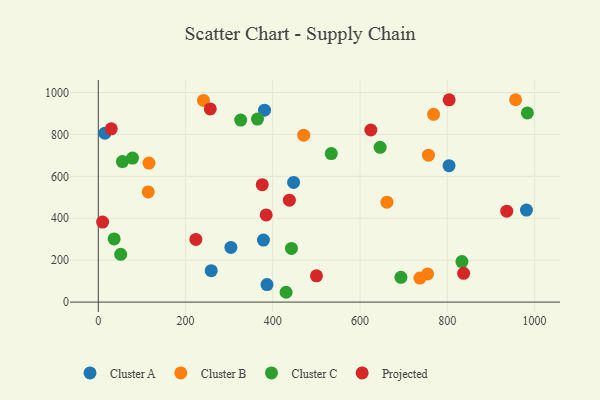
{"axis": {"x": "Price", "y": "Demand"}, "legend": ["Cluster A", "Cluster B", "Cluster C", "Projected"], "data": [{"x": "378.5", "y": 295.9, "type": "Cluster A"}, {"x": "447.7", "y": 571.1, "type": "Cluster A"}, {"x": "15.1", "y": 806.0, "type": "Cluster A"}, {"x": "981.4", "y": 438.9, "type": "Cluster A"}, {"x": "803.9", "y": 651.1, "type": "Cluster A"}, {"x": "386.7", "y": 83.6, "type": "Cluster A"}, {"x": "381.0", "y": 915.9, "type": "Cluster A"}, {"x": "258.8", "y": 149.9, "type": "Cluster A"}, {"x": "303.9", "y": 260.6, "type": "Cluster A"}, {"x": "241.1", "y": 962.4, "type": "Cluster B"}, {"x": "956.5", "y": 965.7, "type": "Cluster B"}, {"x": "661.6", "y": 476.7, "type": "Cluster B"}, {"x": "768.5", "y": 896.1, "type": "Cluster B"}, {"x": "116.1", "y": 663.2, "type": "Cluster B"}, {"x": "754.8", "y": 134.2, "type": "Cluster B"}, {"x": "737.1", "y": 114.6, "type": "Cluster B"}, {"x": "114.4", "y": 525.8, "type": "Cluster B"}, {"x": "756.8", "y": 701.0, "type": "Cluster B"}, {"x": "470.8", "y": 796.6, "type": "Cluster B"}, {"x": "51.3", "y": 227.9, "type": "Cluster C"}, {"x": "326.4", "y": 868.4, "type": "Cluster C"}, {"x": "442.7", "y": 255.9, "type": "Cluster C"}, {"x": "833.5", "y": 193.3, "type": "Cluster C"}, {"x": "983.5", "y": 902.6, "type": "Cluster C"}, {"x": "78.4", "y": 687.1, "type": "Cluster C"}, {"x": "430.4", "y": 46.8, "type": "Cluster C"}, {"x": "55.3", "y": 670.5, "type": "Cluster C"}, {"x": "36.3", "y": 301.4, "type": "Cluster C"}, {"x": "693.6", "y": 118.2, "type": "Cluster C"}, {"x": "364.9", "y": 873.3, "type": "Cluster C"}, {"x": "646.0", "y": 738.6, "type": "Cluster C"}, {"x": "534.0", "y": 708.5, "type": "Cluster C"}, {"x": "375.8", "y": 560.5, "type": "Projected"}, {"x": "384.8", "y": 416.0, "type": "Projected"}, {"x": "438.0", "y": 486.3, "type": "Projected"}, {"x": "223.6", "y": 299.1, "type": "Projected"}, {"x": "624.7", "y": 821.3, "type": "Projected"}, {"x": "9.9", "y": 381.6, "type": "Projected"}, {"x": "256.6", "y": 921.8, "type": "Projected"}, {"x": "804.2", "y": 965.3, "type": "Projected"}, {"x": "837.4", "y": 137.2, "type": "Projected"}, {"x": "29.7", "y": 827.0, "type": "Projected"}, {"x": "936.2", "y": 433.8, "type": "Projected"}, {"x": "500.1", "y": 125.2, "type": "Projected"}]}